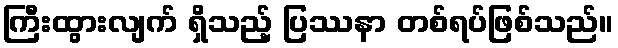
ကြီးထွားလျက် ရှိသည့် ပြဿနာ တစ်ရပ်ဖြစ်သည်။